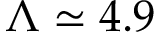
\Lambda \simeq 4 . 9